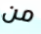
من